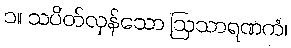
၁။ သပိတ်လှန်သော ဩသာရဏကံ၊